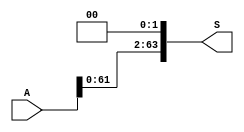
`timescale 1ns / 1ps
//////////////////////////////////////////////////////////////////////////////////
// Company: 
// Engineer: 
// 
// Design Name: 
// Module Name:    SHIFT LEFT 2 
// Project Name: 	 Design ARM Architecture 	
// Target Devices: 
// Tool versions: 
// Description: 
//
// Dependencies: 
//
// Revision: 
// Revision 0.01 - File Created
// Additional Comments: 
//
//////////////////////////////////////////////////////////////////////////////////
module LL2(
    input [63:0] A,
    output reg[63:0] S
    );
	 always @(A)
		S <= A << 2;
endmodule